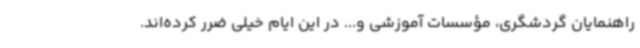
راهنمایان گردشگری، مؤسسات آموزشی و... در این ایام خیلی ضرر کرده‌اند.